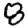
Digit: 8